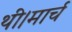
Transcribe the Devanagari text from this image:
थी।मार्च